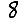
Digit: 8